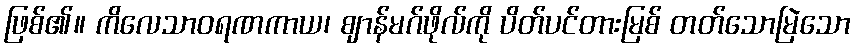
ဖြစ်၏။ ကိလေသာဝရဏကာယ၊ ဈာန်မဂ်ဖိုလ်ကို ပိတ်ပင်တားမြစ် တတ်သောမြဲသော